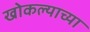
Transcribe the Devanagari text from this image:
खोकल्याच्या